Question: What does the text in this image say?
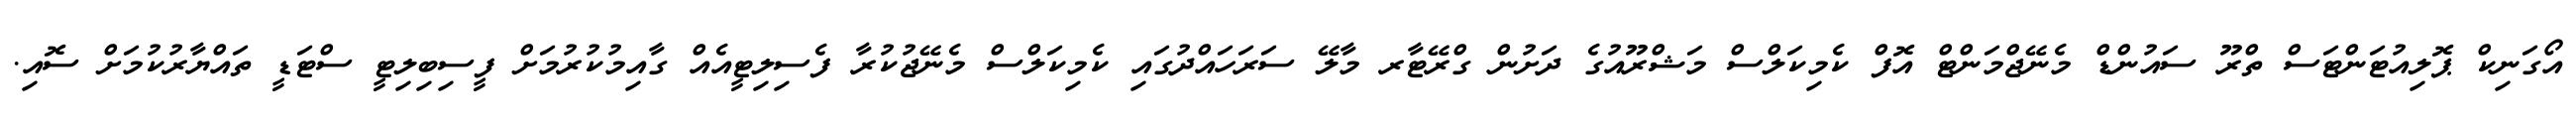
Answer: އޯގަނިކް ޕޮލިއުޓަންޓަސް ތްރޫ ސައުންޑް މެނޭޖްމަންޓް އޮފް ކެމިކަލްސް މަޝްރޫއުގެ ދަށުން ގްރޭޓާރ މާލޭ ސަރަހައްދުގައި ކެމިކަލްސް މެނޭޖުކުރާ ފެސިލިޓީއެއް ގާއިމުކުރުމަށް ފީސިބިލިޓީ ސްޓަޑީ ތައްޔާރުކުމަށް ސޮއި.